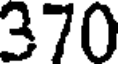
370